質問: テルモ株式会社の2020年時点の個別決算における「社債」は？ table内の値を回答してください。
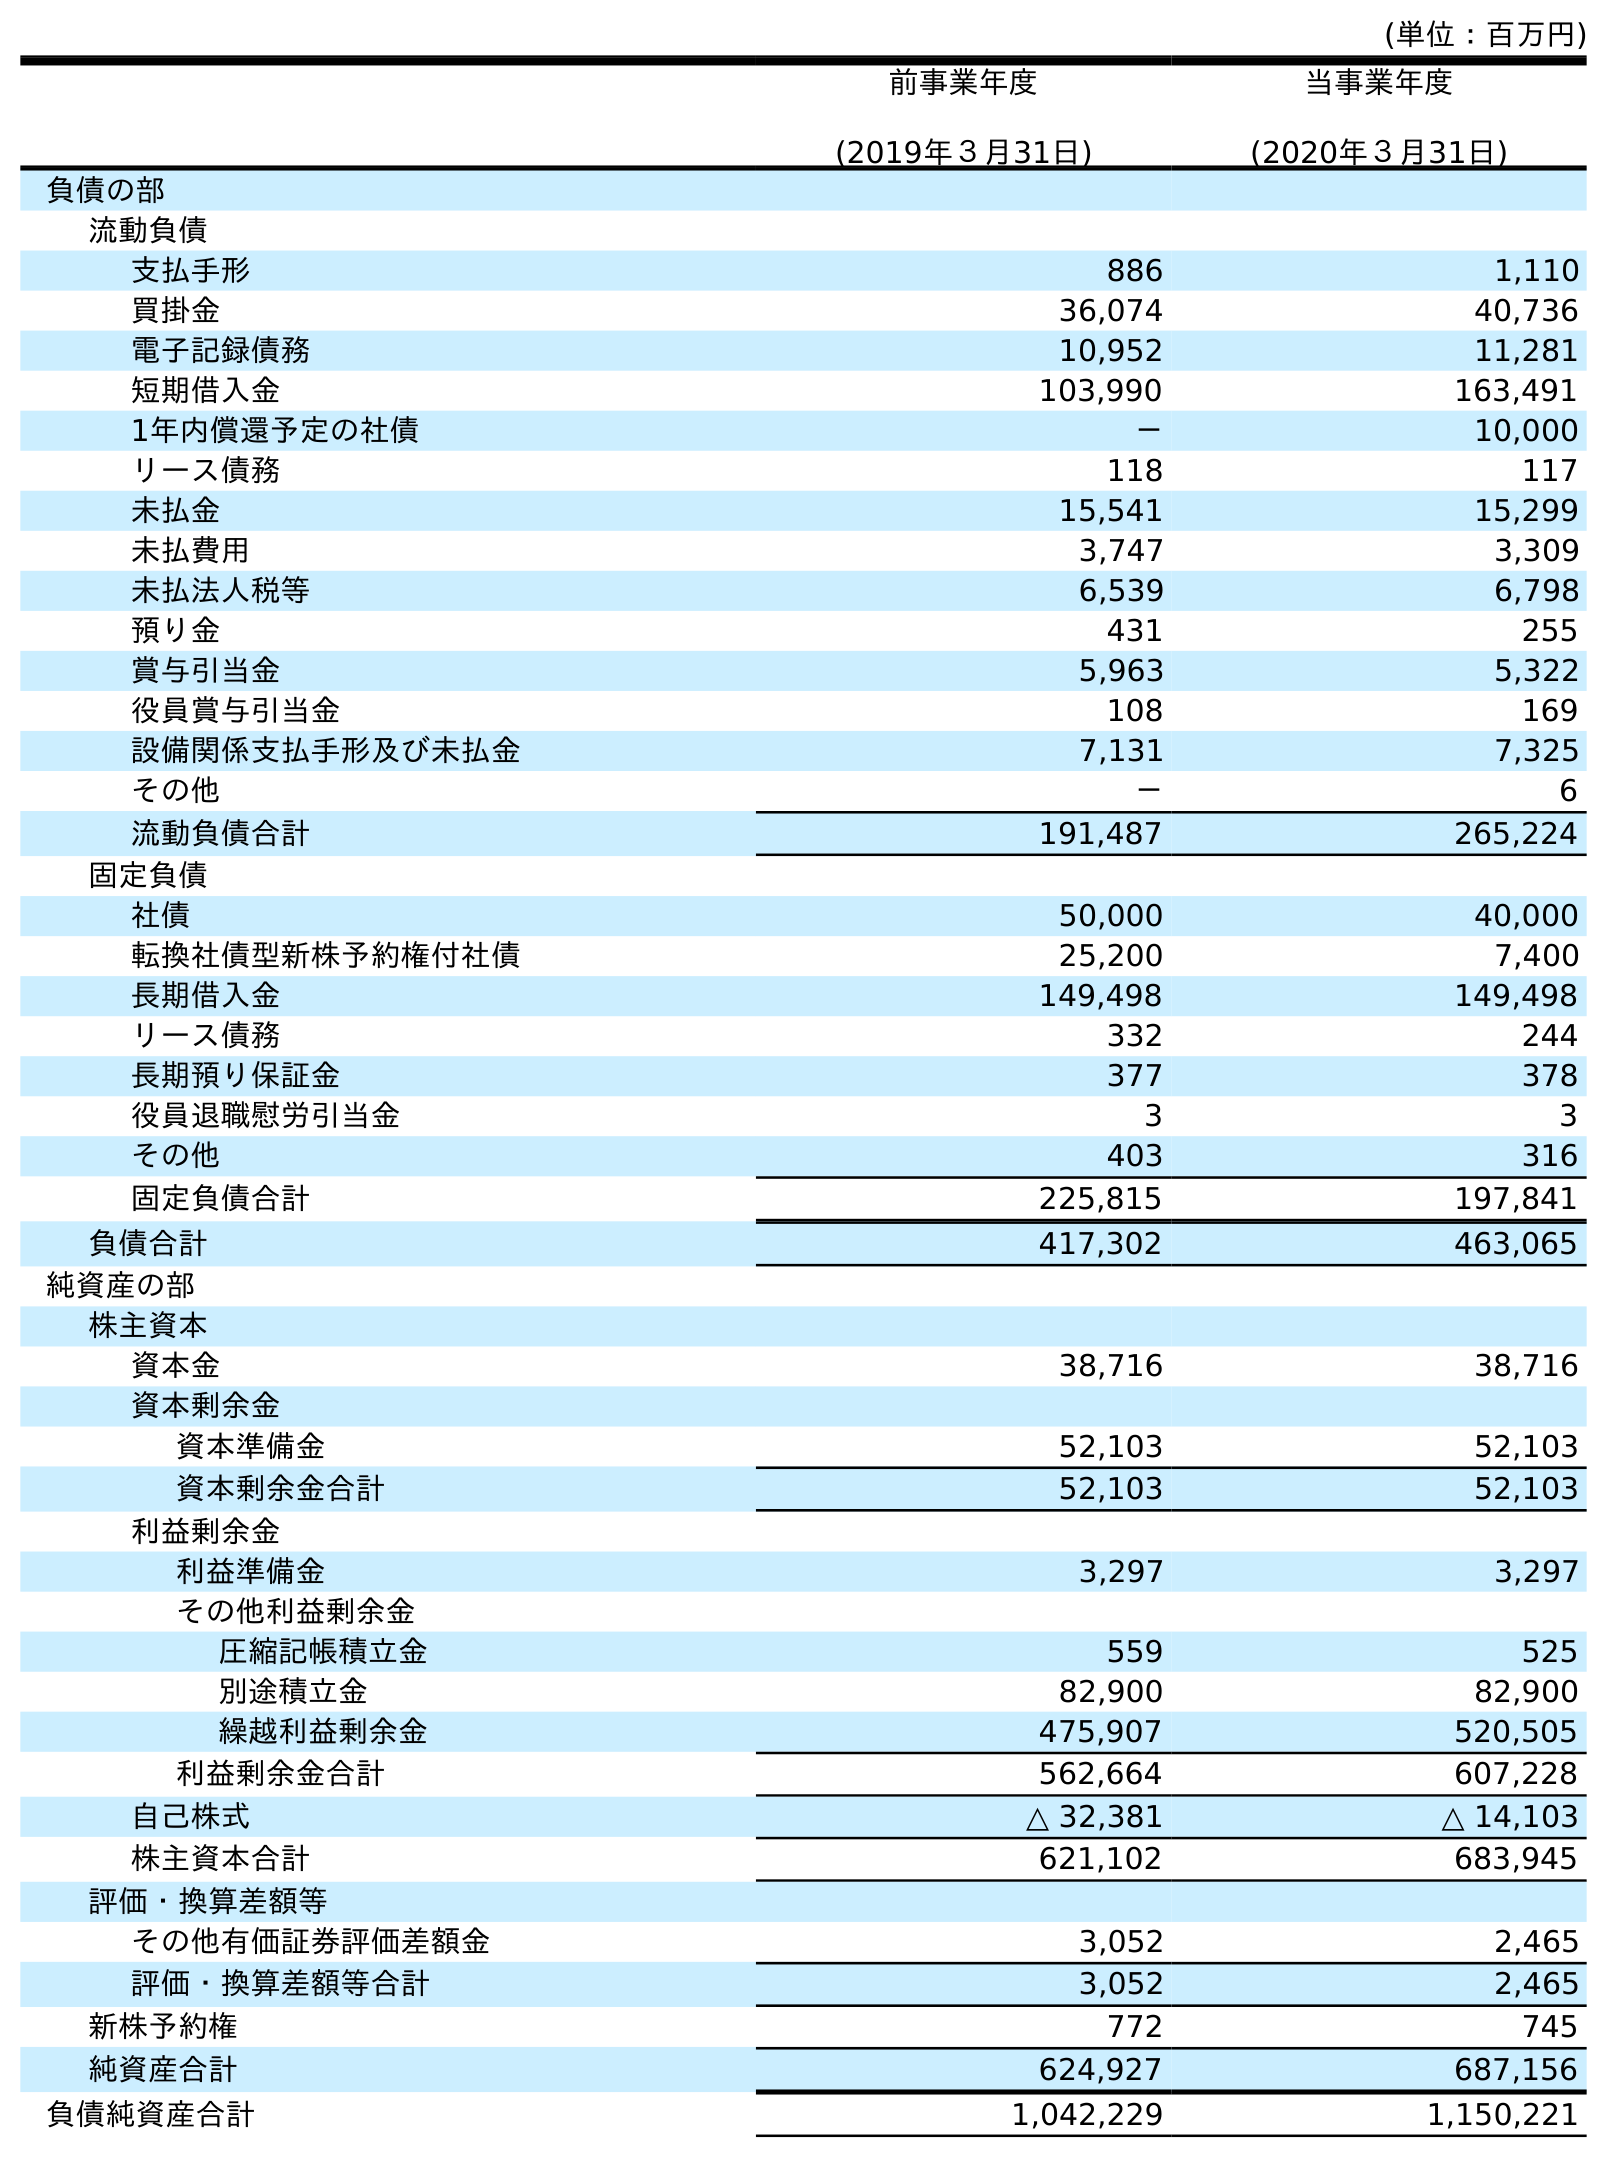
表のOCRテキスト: (単位：百万円) 前事業年度 (2019年３月31日) 当事業年度 (2020年３月31日) 負債の部 流動負債 支払手形 886 1,110 買掛金 36,074 40,736 電子記録債務 10,952 11,281 短期借入金 103,990 163,491 1年内償還予定の社債 － 10,000 リース債務 118 117 未払金 15,541 15,299 未払費用 3,747 3,309 未払法人税等 6,539 6,798 預り金 431 255 賞与引当金 5,963 5,322 役員賞与引当金 108 169 設備関係支払手形及び未払金 7,131 7,325 その他 － 6 流動負債合計 191,487 265,224 固定負債 社債 50,000 40,000 転換社債型新株予約権付社債 25,200 7,400 長期借入金 149,498 149,498 リース債務 332 244 長期預り保証金 377 378 役員退職慰労引当金 3 3 その他 403 316 固定負債合計 225,815 197,841 負債合計 417,302 463,065 純資産の部 株主資本 資本金 38,716 38,716 資本剰余金 資本準備金 52,103 52,103 資本剰余金合計 52,103 52,103 利益剰余金 利益準備金 3,297 3,297 その他利益剰余金 圧縮記帳積立金 559 525 別途積立金 82,900 82,900 繰越利益剰余金 475,907 520,505 利益剰余金合計 562,664 607,228 自己株式 △ 32,381 △ 14,103 株主資本合計 621,102 683,945 評価・換算差額等 その他有価証券評価差額金 3,052 2,465 評価・換算差額等合計 3,052 2,465 新株予約権 772 745 純資産合計 624,927 687,156 負債純資産合計 1,042,229 1,150,221
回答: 40,000